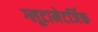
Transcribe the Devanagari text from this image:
ग्लूटामेटर्जिक